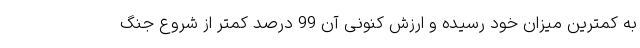
به کمترین میزان خود رسیده و ارزش کنونی آن 99 درصد کمتر از شروع جنگ